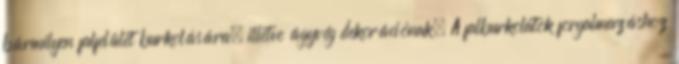
bármilyen falfelület burkolására, illetve ágyvég dekorációnak. A falburkolatok forgalmazáshoz